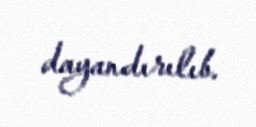
dayandırılıb.